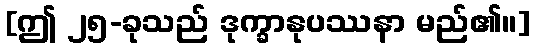
[ဤ ၂၅-ခုသည် ဒုက္ခာနုပဿနာ မည်၏။]